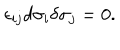
LaTeX: \epsilon _ { i j } d \sigma _ { i } \delta \sigma _ { j } = 0 .